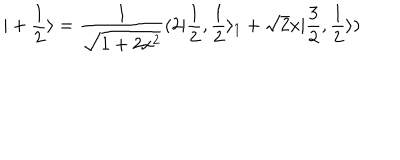
| + \frac { 1 } { 2 } \rangle = \frac { 1 } { \sqrt { 1 + 2 x ^ { 2 } } } ( 2 | \frac { 1 } { 2 } , \frac { 1 } { 2 } \rangle _ { 1 } + \sqrt { 2 } x | \frac { 3 } { 2 } , \frac { 1 } { 2 } \rangle )